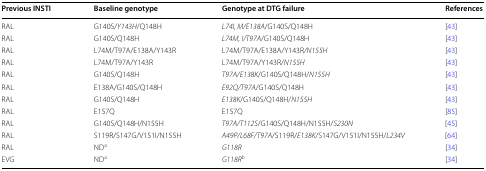
| Previous INSTI | Baseline genotype | Genotype at DTG failure | References |
 | --- | --- | --- | --- |
 | RAL | G140S/Y143H/Q148H | L74I, M/E138A/G140S/Q148H | [43] |
 | RAL | G140S/Q148H | L74M, I/T97A/G140S/Q148H | [43] |
 | RAL | L74M/T97A/E138A/Y143R | L74M/T97A/E138A/Y143R/N155H | [43] |
 | RAL | L74M/T97A/Y143R | L74M/T97A/Y143R/N155H | [43] |
 | RAL | G140S/Q148H | T97A/E138K/G140S/Q148H/N155H | [43] |
 | RAL | E138A/G140S/Q148H | E92Q/T97A/G140S/Q148H | [43] |
 | RAL | G140S/Q148H | E138K/G140S/Q148H/N155H | [43] |
 | RAL | E157Q | E157Q | [85] |
 | RAL | G140S/Q148H/N155H | T97A/T112S/G140S/Q148H/N155H/S230N | [45] |
 | RAL | S119R/S147G/V151I/N155H | A49P/L68F/T97A/S119R/E138K/S147G/V151I/N155H/L234V | [64] |
 | RAL | NDa | G118R | [34] |
 | EVG | NDa | G118Rb | [34] |